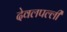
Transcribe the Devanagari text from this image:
देवलपल्ली